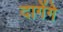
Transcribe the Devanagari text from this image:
दागेंगे